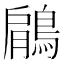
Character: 鵳